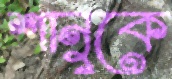
শানুকে